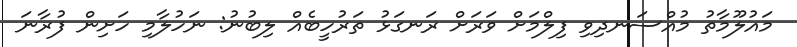
މައުލޫމާތު މުއްސަނދިވި ފިލްމަށް ވަރަށް ރަނގަޅު ތަރުހީބެއް ލިބުނު: ނަހުލާމި ހަށިން ފުރާނަ